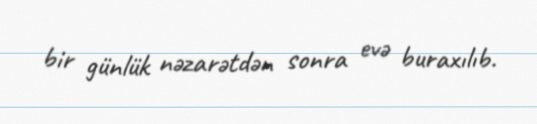
bir günlük nəzarətdən sonra evə buraxılıb.